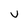
Character: U